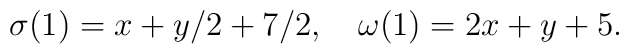
\sigma(1)=x+y/2+7/2,\quad\omega(1)=2x+y+5.